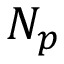
N _ { p }